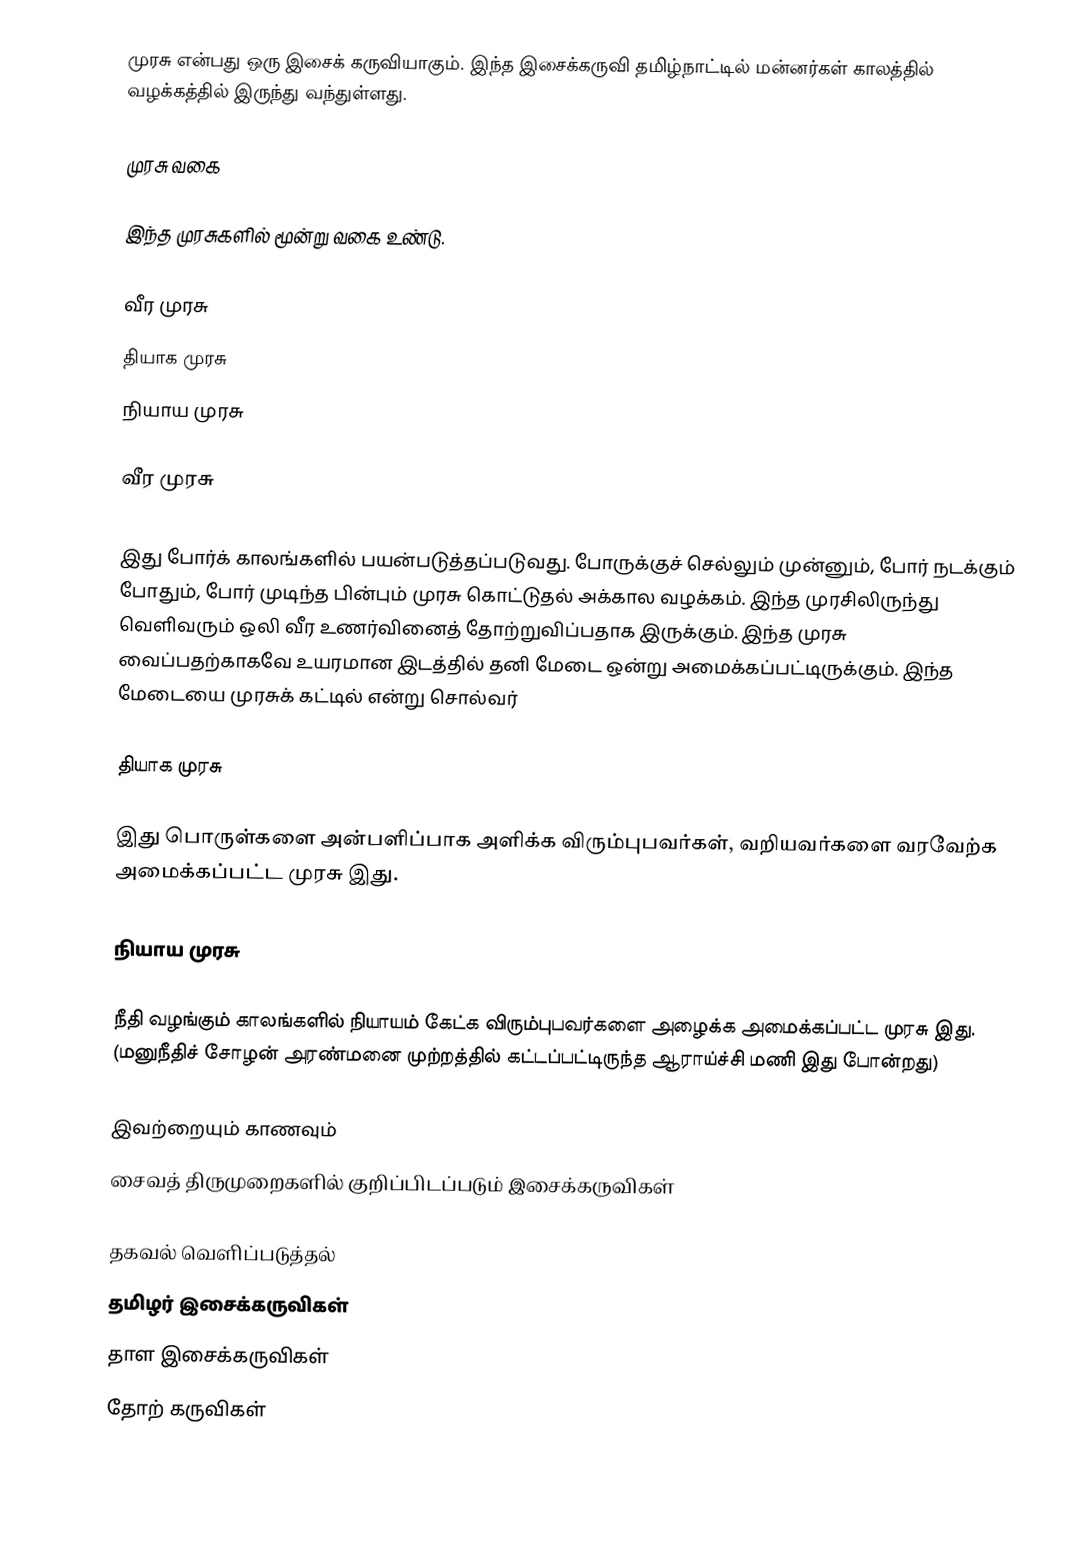
முரசு என்பது ஒரு இசைக் கருவியாகும். இந்த இசைக்கருவி தமிழ்நாட்டில் மன்னர்கள் காலத்தில் வழக்கத்தில் இருந்து வந்துள்ளது.

முரசு வகை

இந்த முரசுகளில் மூன்று வகை உண்டு.

வீர முரசு
தியாக முரசு
நியாய முரசு

வீர முரசு

இது போர்க் காலங்களில் பயன்படுத்தப்படுவது. போருக்குச் செல்லும் முன்னும், போர் நடக்கும் போதும், போர் முடிந்த பின்பும் முரசு கொட்டுதல் அக்கால வழக்கம். இந்த முரசிலிருந்து வெளிவரும் ஒலி வீர உணர்வினைத் தோற்றுவிப்பதாக இருக்கும். இந்த முரசு வைப்பதற்காகவே உயரமான இடத்தில் தனி மேடை ஒன்று அமைக்கப்பட்டிருக்கும். இந்த மேடையை முரசுக் கட்டில் என்று சொல்வர்

தியாக முரசு

இது பொருள்களை அன்பளிப்பாக அளிக்க விரும்புபவர்கள், வறியவர்களை வரவேற்க அமைக்கப்பட்ட முரசு இது.

நியாய முரசு

நீதி வழங்கும் காலங்களில் நியாயம் கேட்க விரும்புபவர்களை அழைக்க அமைக்கப்பட்ட முரசு இது. (மனுநீதிச் சோழன் அரண்மனை முற்றத்தில் கட்டப்பட்டிருந்த ஆராய்ச்சி மணி இது போன்றது)

இவற்றையும் காணவும்
 சைவத் திருமுறைகளில் குறிப்பிடப்படும் இசைக்கருவிகள்

தகவல் வெளிப்படுத்தல்
தமிழர் இசைக்கருவிகள்
தாள இசைக்கருவிகள்
தோற் கருவிகள்